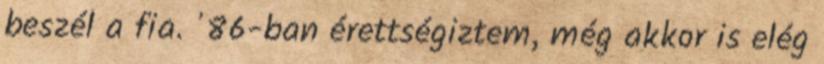
beszél a fia. '86-ban érettségiztem, még akkor is elég